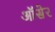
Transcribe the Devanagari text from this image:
ऑसेर